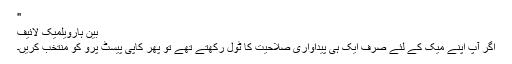
"
بین ہارویلمیک لائیف
اگر آپ اپنے میک کے لئے صرف ایک ہی پیداواری صلاحیت کا ٹول رکھتے تھے تو پھر کاپی پیسٹ پرو کو منتخب کریں۔